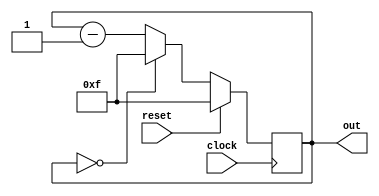
module Down_Counter(clock,reset,out);
input clock, reset;
output [3:0] out;
reg [3:0] out;

always @(posedge clock)
begin
      if (reset)
      begin
            out = 4'd15;
      end

      else if (out == 4'd0)
      begin
            out = 4'd15;
      end
      
      else
      begin
            out = out - 1'd1;
      end
end

endmodule